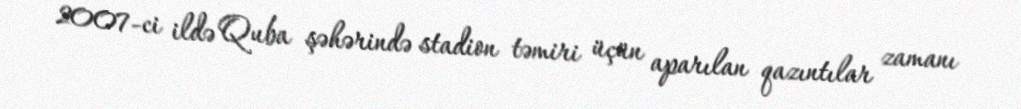
2007-ci ildə Quba şəhərində stadion təmiri üçün aparılan qazıntılar zamanı